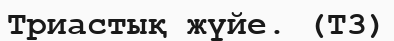
Триастық жүйе. (Т3)